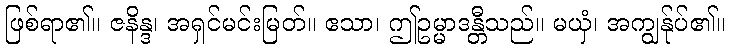
ဖြစ်ရာ၏။ ဇနိန္ဒ၊ အရှင်မင်းမြတ်။ ဧသာ၊ ဤဥမ္မာဒန္တီသည်။ မယှံ၊ အကျွန်ုပ်၏။